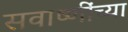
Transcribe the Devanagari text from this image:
सवाष्णींच्या